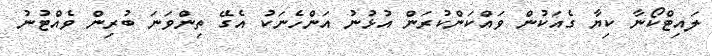
ލައިޓްކޯނާ ކިޔާ ގެއަކުން ވައްކަންކުރަން އުޅުނު އަންހެނަކު އެގޭ ތިންވަނަ ބުރިން ވެއްޓުނު